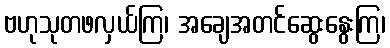
ဗဟုသုတဖလှယ်ကြ၊ အချေအတင်ဆွေးနွေးကြ၊